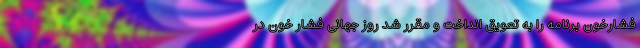
فشارخون برنامه را به تعویق انداخت و مقرر شد روز جهانی فشار خون در